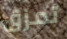
تمزق